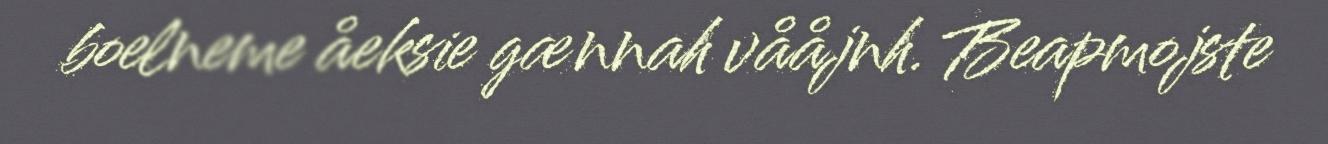
boelneme åeksie gænnah vååjnh. Beapmojste